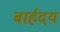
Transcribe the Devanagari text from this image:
बार्हदय